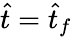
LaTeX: \hat{t}=\hat{t}_{f}